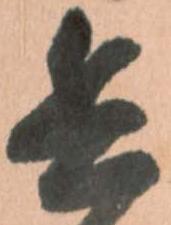
兵